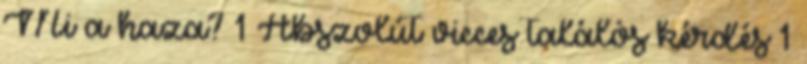
Mi a haza? 1 Abszolút vicces találós kérdés 1